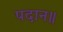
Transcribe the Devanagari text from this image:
पदान॥